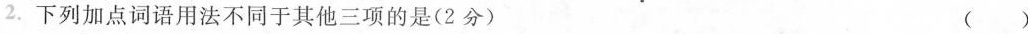
2.下列加点词语用法不同于其他三项的是(2分) （）